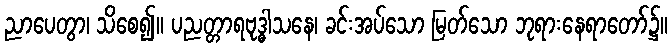
ညာပေတွာ၊ သိစေ၍။ ပညတ္တာရဗုဒ္ဓါသနေ၊ ခင်းအပ်သော မြတ်သော ဘုရားနေရာတော်၌။